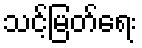
သင့်မြတ်ရေး